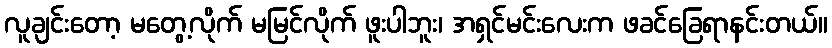
လူချင်းတော့ မတွေ့လိုက် မမြင်လိုက် ဖူးပါဘူး၊ အရှင်မင်းလေးက ဖခင်ခြေရာနင်းတယ်။